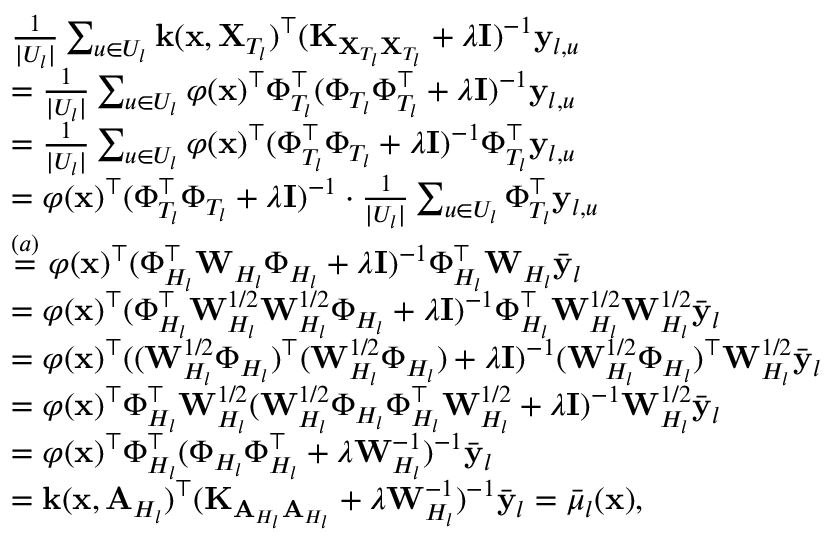
\begin{array} { r l } & { \frac { 1 } { | U _ { l } | } \sum _ { u \in U _ { l } } \mathbf { k } ( \mathbf { x } , \mathbf { X } _ { T _ { l } } ) ^ { \top } ( \mathbf { K } _ { \mathbf { X } _ { T _ { l } } \mathbf { X } _ { T _ { l } } } + \lambda \mathbf { I } ) ^ { - 1 } \mathbf { y } _ { l , u } } \\ & { = \frac { 1 } { | U _ { l } | } \sum _ { u \in U _ { l } } \varphi ( \mathbf { x } ) ^ { \top } \Phi _ { T _ { l } } ^ { \top } ( \Phi _ { T _ { l } } \Phi _ { T _ { l } } ^ { \top } + \lambda \mathbf { I } ) ^ { - 1 } \mathbf { y } _ { l , u } } \\ & { = \frac { 1 } { | U _ { l } | } \sum _ { u \in U _ { l } } \varphi ( \mathbf { x } ) ^ { \top } ( \Phi _ { T _ { l } } ^ { \top } \Phi _ { T _ { l } } + \lambda \mathbf { I } ) ^ { - 1 } \Phi _ { T _ { l } } ^ { \top } \mathbf { y } _ { l , u } } \\ & { = \varphi ( \mathbf { x } ) ^ { \top } ( \Phi _ { T _ { l } } ^ { \top } \Phi _ { T _ { l } } + \lambda \mathbf { I } ) ^ { - 1 } \cdot \frac { 1 } { | U _ { l } | } \sum _ { u \in U _ { l } } \Phi _ { T _ { l } } ^ { \top } \mathbf { y } _ { l , u } } \\ & { \overset { ( a ) } { = } \varphi ( \mathbf { x } ) ^ { \top } ( \Phi _ { H _ { l } } ^ { \top } \mathbf { W } _ { H _ { l } } \Phi _ { H _ { l } } + \lambda \mathbf { I } ) ^ { - 1 } \Phi _ { H _ { l } } ^ { \top } \mathbf { W } _ { H _ { l } } \bar { \mathbf { y } } _ { l } } \\ & { = \varphi ( \mathbf { x } ) ^ { \top } ( \Phi _ { H _ { l } } ^ { \top } \mathbf { W } _ { H _ { l } } ^ { 1 / 2 } \mathbf { W } _ { H _ { l } } ^ { 1 / 2 } \Phi _ { H _ { l } } + \lambda \mathbf { I } ) ^ { - 1 } \Phi _ { H _ { l } } ^ { \top } \mathbf { W } _ { H _ { l } } ^ { 1 / 2 } \mathbf { W } _ { H _ { l } } ^ { 1 / 2 } \bar { \mathbf { y } } _ { l } } \\ & { = \varphi ( \mathbf { x } ) ^ { \top } ( ( \mathbf { W } _ { H _ { l } } ^ { 1 / 2 } \Phi _ { H _ { l } } ) ^ { \top } ( \mathbf { W } _ { H _ { l } } ^ { 1 / 2 } \Phi _ { H _ { l } } ) + \lambda \mathbf { I } ) ^ { - 1 } ( \mathbf { W } _ { H _ { l } } ^ { 1 / 2 } \Phi _ { H _ { l } } ) ^ { \top } \mathbf { W } _ { H _ { l } } ^ { 1 / 2 } \bar { \mathbf { y } } _ { l } } \\ & { = \varphi ( \mathbf { x } ) ^ { \top } \Phi _ { H _ { l } } ^ { \top } \mathbf { W } _ { H _ { l } } ^ { 1 / 2 } ( \mathbf { W } _ { H _ { l } } ^ { 1 / 2 } \Phi _ { H _ { l } } \Phi _ { H _ { l } } ^ { \top } \mathbf { W } _ { H _ { l } } ^ { 1 / 2 } + \lambda \mathbf { I } ) ^ { - 1 } \mathbf { W } _ { H _ { l } } ^ { 1 / 2 } \bar { \mathbf { y } } _ { l } } \\ & { = \varphi ( \mathbf { x } ) ^ { \top } \Phi _ { H _ { l } } ^ { \top } ( \Phi _ { H _ { l } } \Phi _ { H _ { l } } ^ { \top } + \lambda \mathbf { W } _ { H _ { l } } ^ { - 1 } ) ^ { - 1 } \bar { \mathbf { y } } _ { l } } \\ & { = \mathbf { k } ( \mathbf { x } , \mathbf { A } _ { H _ { l } } ) ^ { \top } ( \mathbf { K } _ { \mathbf { A } _ { H _ { l } } \mathbf { A } _ { H _ { l } } } + \lambda \mathbf { W } _ { H _ { l } } ^ { - 1 } ) ^ { - 1 } \bar { \mathbf { y } } _ { l } = \bar { \mu } _ { l } ( \mathbf { x } ) , } \end{array}